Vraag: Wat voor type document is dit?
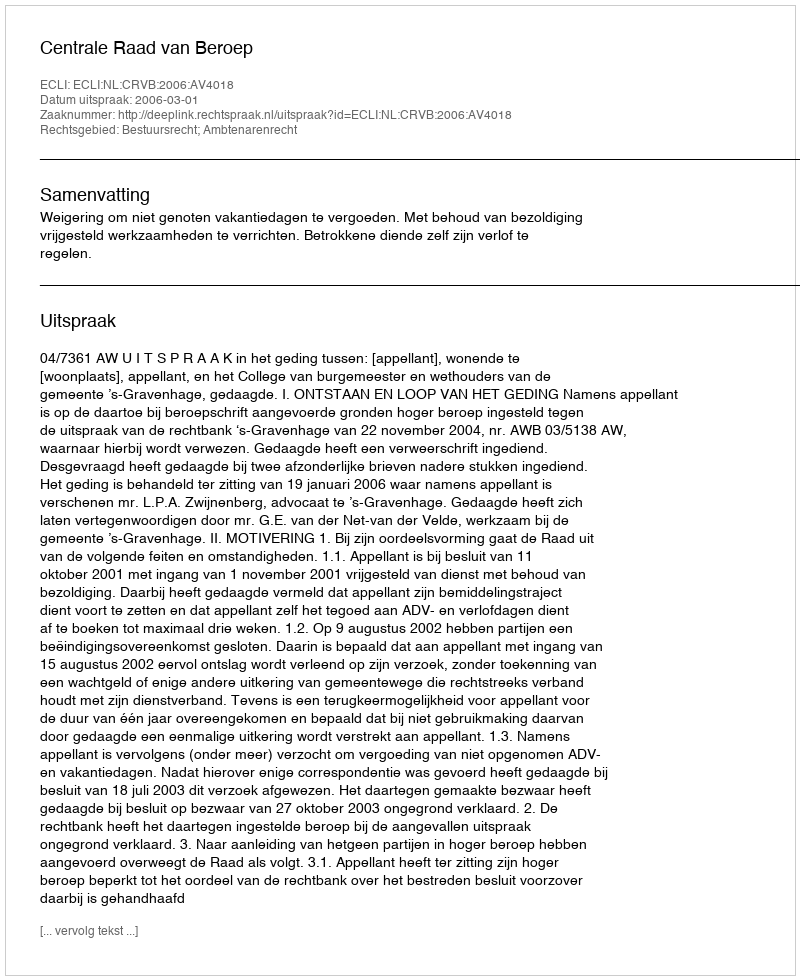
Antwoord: Uitspraak